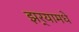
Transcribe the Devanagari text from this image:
झर्‍यामधे